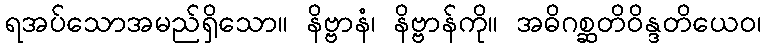
ရအပ်သောအမည်ရှိသော။ နိဗ္ဗာနံ၊ နိဗ္ဗာန်ကို။ အဓိဂစ္ဆတိဝိန္ဒတိယေဝ၊